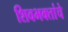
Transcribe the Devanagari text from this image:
शिवभक्तांचे